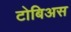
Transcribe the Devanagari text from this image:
टोबिअस